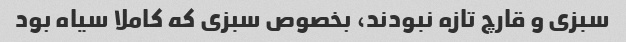
سبزی و قارچ تازه نبودند، بخصوص سبزی که کاملا سیاه بود